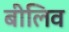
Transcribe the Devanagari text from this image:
बीलिव